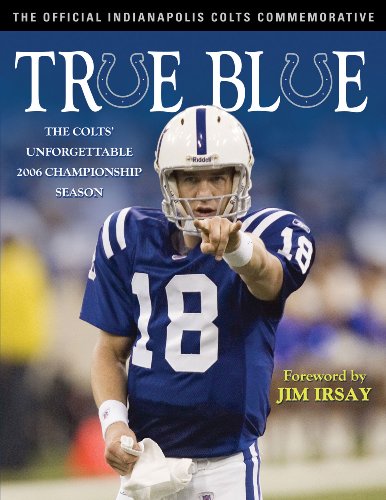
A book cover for True Blue: The Colts Unfogettable 2006 Championship Season; Indianapolis Colts; Travel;